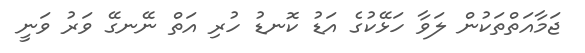
ޖަމާއަތްތަކުން ލަވާ ހަޅޭކުގެ އަޑު ކޮނޑު ހުރި އަތް ނޭނގޭ ވަރު ވަނީ